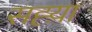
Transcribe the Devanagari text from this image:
सह्य़ा